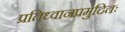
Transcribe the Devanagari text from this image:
प्रतिध्वानप्रमुदितः